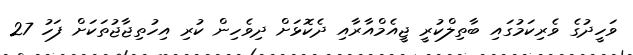
ވަހީދުގެ ވެރިކަމުގައި ބާތިލްކުރީ ޖީއެމްއާރާއި ދެކޮޅަށް ދިވެހިން ކުރި އިހުތިޖާޖުތަކަށް ފަހު 27